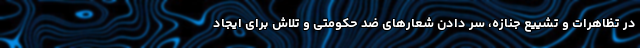
در تظاهرات و تشییع جنازه، سر دادن شعارهای ضد حکومتی و تلاش برای ایجاد